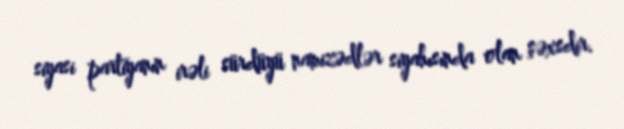
siyasi partiyanın irəli sürdüyü namizədlər siyahısında olan şəxsdir.